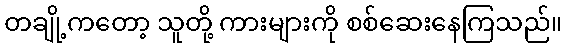
တချို့ကတော့ သူတို့ ကားများကို စစ်ဆေးနေကြသည်။